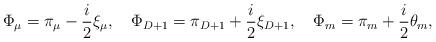
LaTeX: \begin{align*}\Phi_\mu=\pi_\mu-\frac{i}{2}\xi_\mu,\quad\Phi_{D+1}=\pi_{D+1}+\frac{i}{2}\xi_{D+1},\quad\Phi_m=\pi_m+\frac{i}{2}\theta_m,\end{align*}